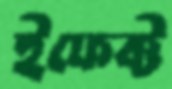
ইফেক্ট